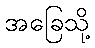
အခြေသို့